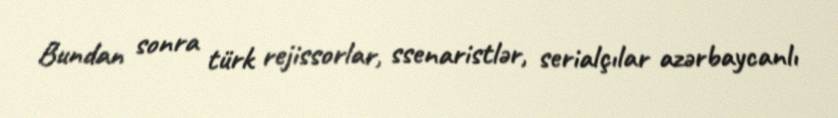
Bundan sonra türk rejissorlar, ssenaristlər, serialçılar azərbaycanlı